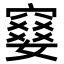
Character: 𫁙